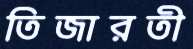
তিজারতী